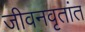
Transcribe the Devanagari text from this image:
जीवनवृतांत